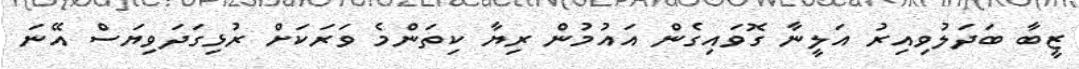
ޒީބާ ބަދަލުވިއިރު އަލީނާ ގޮވައިގެން އައުމުން ރިޔާ ކިތަންމެ ވަރަކަށް ރުޅިގަދަވިޔަސް އޭނަ